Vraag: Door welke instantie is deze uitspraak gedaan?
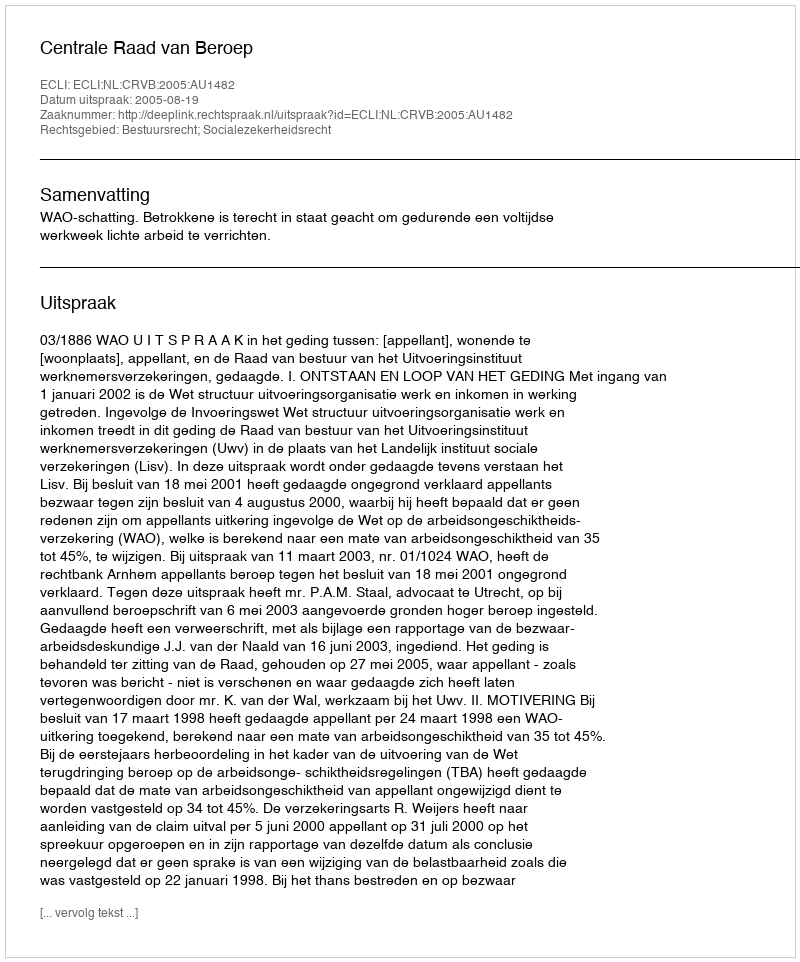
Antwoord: Centrale Raad van Beroep